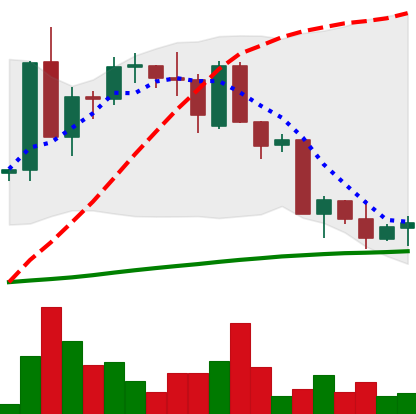
Ticker: ETC-USD
Chart end date: 2022-09-23
Forward return: -4.323%
Label: down_3_5